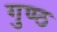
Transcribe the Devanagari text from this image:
गुण्ठ